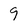
Character: 9